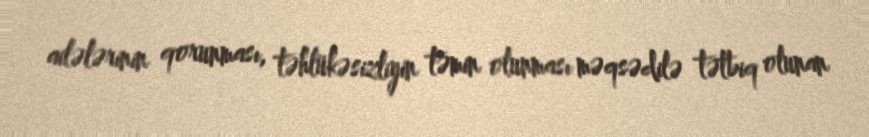
ailələrinin qorunması, təhlükəsizliyin təmin olunması məqsədilə tətbiq olunan